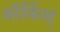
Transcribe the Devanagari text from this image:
ऑर्किस्